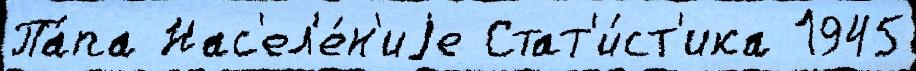
Па́па Нас'ел'е́н'иjе Стат'и́ст'ика 1945